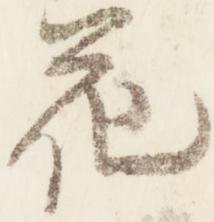
花